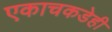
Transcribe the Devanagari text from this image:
एकाचकडेही